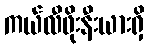
ကယ်လီဖိုးနီးယားရှိ